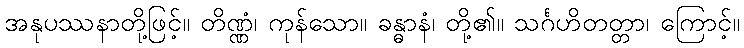
အနုပဿနာတို့ဖြင့်။ တိဏ္ဏံ၊ ကုန်သော။ ခန္ဓာနံ၊ တို့၏။ သင်္ဂဟိတတ္တာ၊ ကြောင့်။